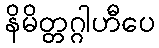
နိမိတ္တဂ္ဂါဟီပေ